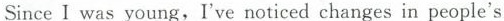
Since I was young,I've noticed changes in people's